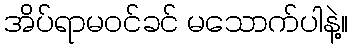
အိပ်ရာမဝင်ခင် မသောက်ပါနဲ့။